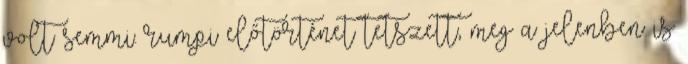
volt semmi. rumpi előtörténet tetszett, meg a jelenben is